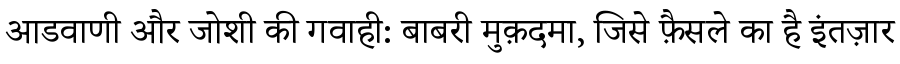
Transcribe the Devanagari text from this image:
आडवाणी और जोशी की गवाही: बाबरी मुक़दमा, जिसे फै़सले का है इंतज़ार